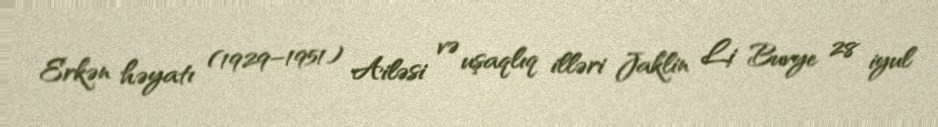
Erkən həyatı (1929–1951) Ailəsi və uşaqlıq illəri Jaklin Li Buvye 28 iyul